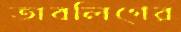
তাবলিগের